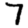
Digit: 7